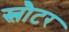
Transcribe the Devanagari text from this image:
स्लौटर